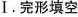
Ⅰ.完形填空